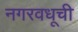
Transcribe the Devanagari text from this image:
नगरवधूची